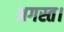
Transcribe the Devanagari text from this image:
अगस्त।